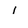
Character: 1